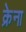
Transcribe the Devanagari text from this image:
क्रेना